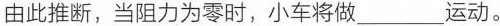
由此推断，当阻力为零时，小车将做___运动。